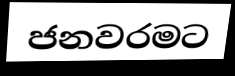
ජනවරමට